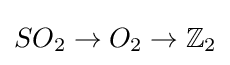
SO_{2}\to O_{2}\to \mathbb {Z} _{2}